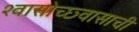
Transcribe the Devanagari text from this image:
श्वासोच्छ्वासाची